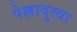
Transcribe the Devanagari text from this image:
पेल्लादुत्था